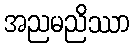
အညမညိဿာ